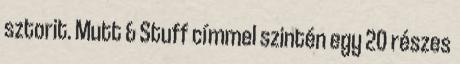
sztorit. Mutt & Stuff címmel szintén egy 20 részes